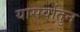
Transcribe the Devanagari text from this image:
यासर्वातुन